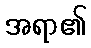
အရာ၏